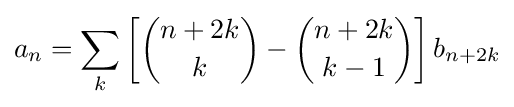
a_{n}=\sum _{k}\left[{\binom {n+2k}{k}}-{\binom {n+2k}{k-1}}\right]b_{n+2k}